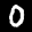
Label: 0